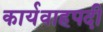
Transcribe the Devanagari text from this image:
कार्यवाहपदी